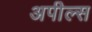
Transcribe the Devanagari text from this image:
अपील्‍स